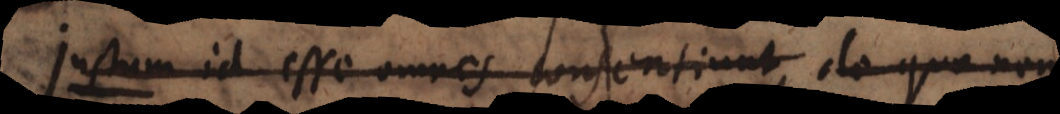
u m id esse omnes consentiunt, de quo